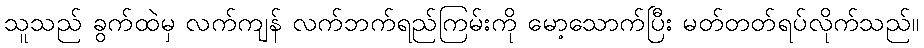
သူသည် ခွက်ထဲမှ လက်ကျန် လက်ဘက်ရည်ကြမ်းကို မော့သောက်ပြီး မတ်တတ်ရပ်လိုက်သည်။